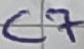
Text: C7